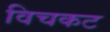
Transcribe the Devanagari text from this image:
विचकट